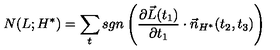
N ( L ; H ^ { * } ) = \sum _ { t } s g n \left( \frac { \partial \vec { L } ( t _ { 1 } ) } { \partial t _ { 1 } } \cdot \vec { n } _ { H ^ { * } } ( t _ { 2 } , t _ { 3 } ) \right)